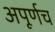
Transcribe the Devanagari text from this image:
अपूर्णच